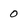
Character: 0